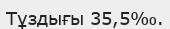
Тұздығы 35,5‰.